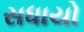
સધાયો